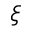
\xi